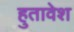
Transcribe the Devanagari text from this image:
हुतावेश